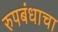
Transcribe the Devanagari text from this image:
रुपबंधाचा